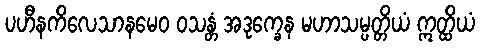
ပဟီနကိလေသာနမေဝ ဝသန္တံ အဒုက္ခေန မဟာသမ္ပတ္တိယံ ဣတ္ထိယံ